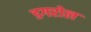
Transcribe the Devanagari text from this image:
डगरोल